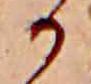
か